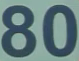
80